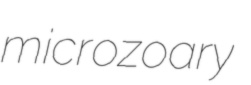
microzoary